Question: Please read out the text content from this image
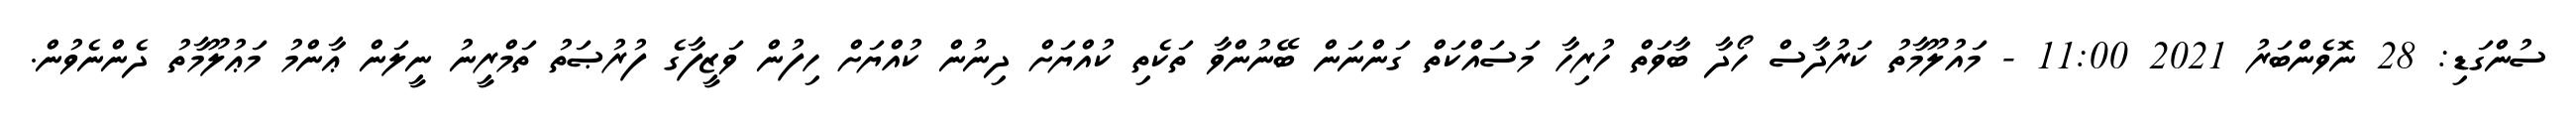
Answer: ސުންގަޑި: 28 ނޮވެންބަރު 2021 11:00 - މައުލޫމާތު ކަރުދާސް ހޯދާ ބާވަތް ހުރިހާ މަސައްކަތް ގަންނަން ބޭނުންވާ ތަކެތި ކުއްޔަށް ދިނުން ކުއްޔަށް ހިފުން ވަޒީފާގެ ފުރުޞަތު ތަމްރީނު ނީލަން ޢާންމު މަޢުލޫމާތު ދެންނެވުން.